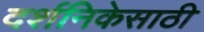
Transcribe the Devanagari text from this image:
दर्शनिकेसाठी